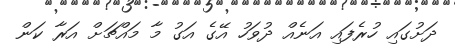
ދަށުގައި ހުރެފައި އަނެއް ދުވަހު އޭގެ އަގު މާ މައްޗަށް އަރާ ކަން